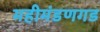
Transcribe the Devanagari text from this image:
महीमंडणगड